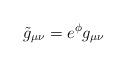
LaTeX: \begin{align*}\tilde{g}_{\mu\nu}=e^{\phi}g_{\mu\nu}\end{align*}